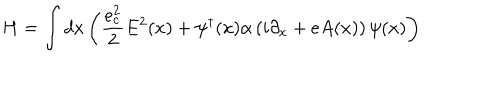
H = \int d x \left( \frac { e _ { c } ^ { 2 } } { 2 } E ^ { 2 } ( x ) + \psi ^ { \dagger } ( x ) \alpha \left( i \partial _ { x } + e A ( x ) \right) \psi ( x ) \right)